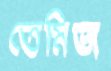
তেমিজ